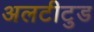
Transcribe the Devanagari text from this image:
अलटीटुड